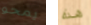
يمحو هذه